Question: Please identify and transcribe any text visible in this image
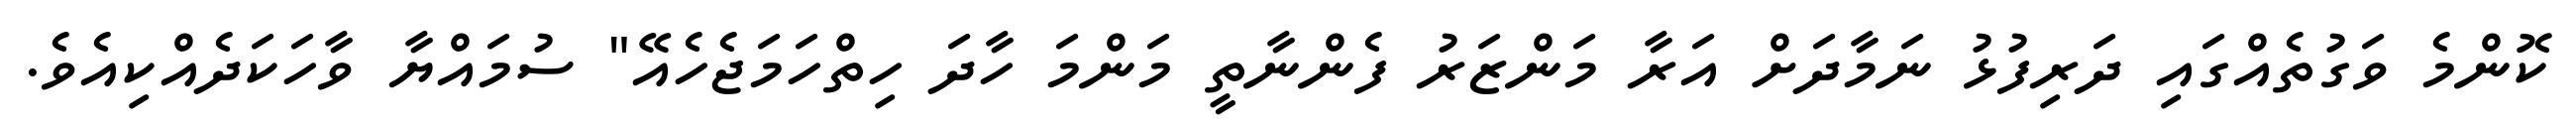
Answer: ކޮންމެ ވަގުތެއްގައި ދަރިފުޅު ނަމާދަށް އަރާ މަންޒަރު ފެންނާތީ މަންމަ ހާދަ ހިތްހަމަޖެހެއޭ" ސުމައްޔާ ވާހަކަދެއްކިއެވެ.